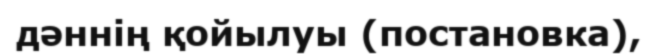
дәннің қойылуы (постановка),